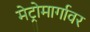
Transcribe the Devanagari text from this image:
मेट्रोमार्गावर